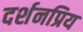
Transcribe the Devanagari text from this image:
दर्शनप्रिय